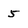
Character: 5